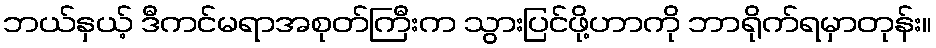
ဘယ်နှယ့် ဒီကင်မရာအစုတ်ကြီးက သွားပြင်ဖို့ဟာကို ဘာရိုက်ရမှာတုန်း။